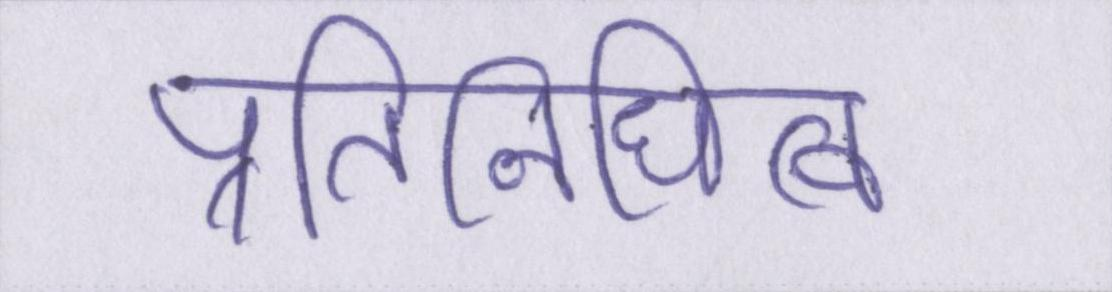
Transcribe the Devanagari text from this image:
प्रतिनिधित्व